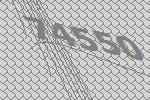
74550